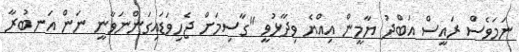
ނަމަވެސް ރައީސް އަބްދު ޔާމީން އިއްޔެ ވިދާޅުވީ "ގާސިމަށް ޖެހިވަޑައިގަންނަވާނީ ނަން އަނބުރާ